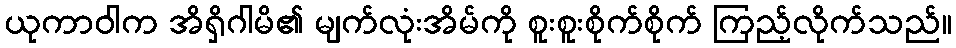
ယုကာဝါက အိရှိဂါမိ၏ မျက်လုံးအိမ်ကို စူးစူးစိုက်စိုက် ကြည့်လိုက်သည်။